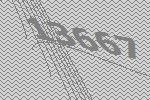
13667